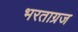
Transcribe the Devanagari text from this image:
भरताग्रज